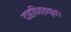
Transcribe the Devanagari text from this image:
दाहपित्तकृत।